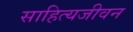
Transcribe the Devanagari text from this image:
साहित्यजीवन